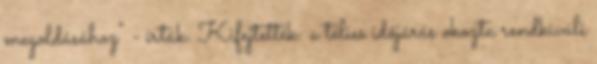
megoldásához" - írták. Kifejtették: a télies időjárás okozta rendkívüli